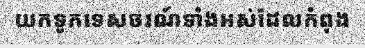
យកទូកទេសចរណ៍ទាំងអស់ដែលកំពុង